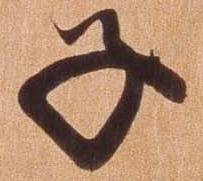
子